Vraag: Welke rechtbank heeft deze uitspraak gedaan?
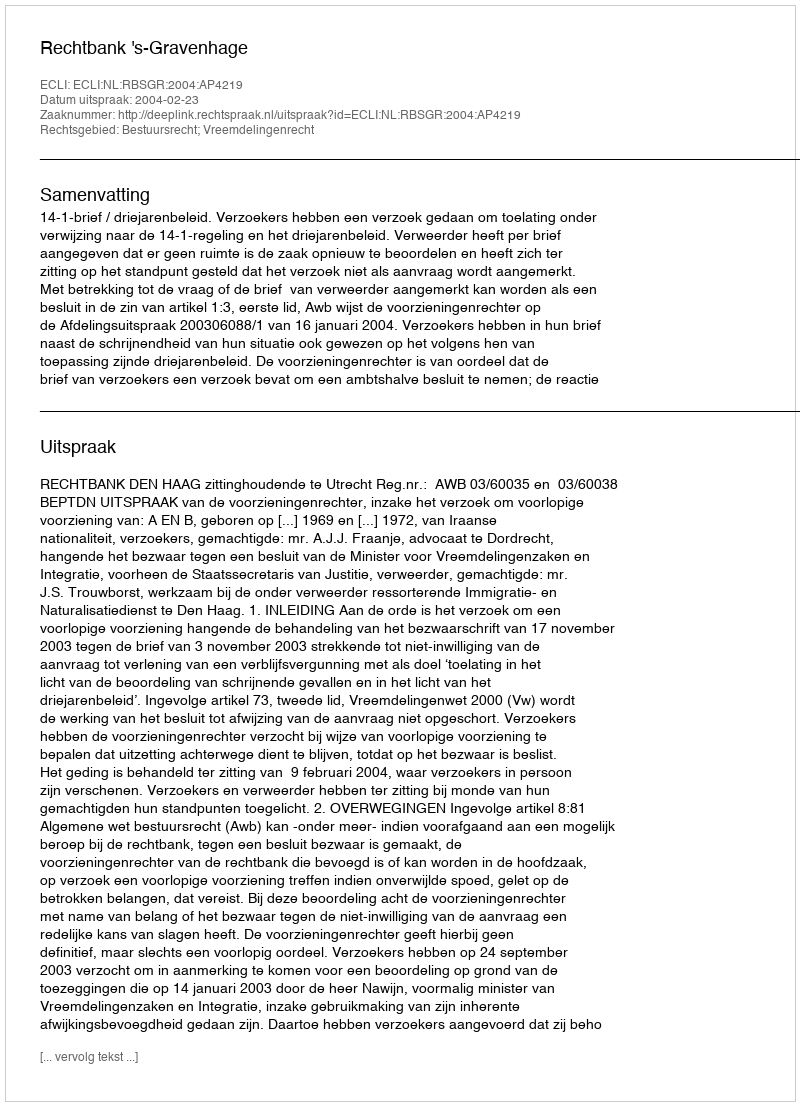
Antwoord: Rechtbank 's-Gravenhage